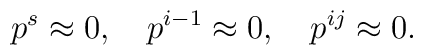
p^s\approx 0,\quad p^{i-1}\approx 0,\quad p^{ij}\approx 0.